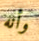
وأنه